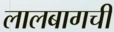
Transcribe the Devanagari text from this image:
लालबागची